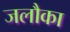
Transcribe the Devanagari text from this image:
जलौका